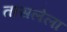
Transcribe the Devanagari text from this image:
तासलेला